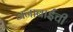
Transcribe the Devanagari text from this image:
जनाबाईंची